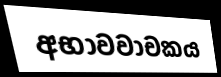
අභාවවාචකය